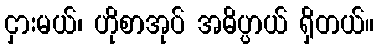
ငှားမယ်၊ ဟိုစာအုပ် အဓိပ္ပာယ် ရှိတယ်။